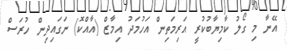
އޭނާ މި ގޯލު ކާމިޔާބުކުރީ އަރިމަތިން އަހުމަދު އިމާޒް (އާއްކޮ) ނަގައިދިން ހުރަސް